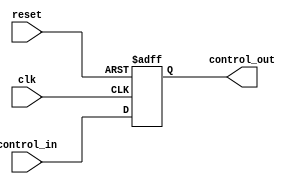
module ControlRegister #(
    parameter N = 8 // Define the size of the control register (number of bits)
)(
    input wire clk,                // Clock signal
    input wire reset,              // Reset signal
    input wire [N-1:0] control_in, // Control inputs
    output reg [N-1:0] control_out // Control outputs
);

// Sequential logic for Control Register
always @(posedge clk or posedge reset) begin
    if (reset) begin
        control_out <= {N{1'b0}}; // Clear the register to 0 on reset
    end else begin
        control_out <= control_in; // Capture control inputs on clock edge
    end
end

endmodule